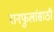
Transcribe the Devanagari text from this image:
रानफुलांसाठी